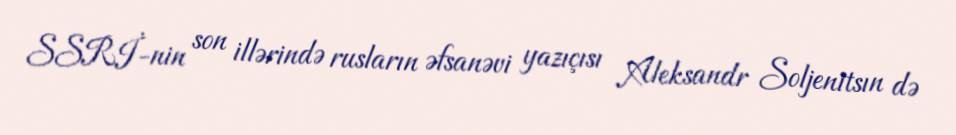
SSRİ-nin son illərində rusların əfsanəvi yazıçısı Aleksandr Soljenitsın də